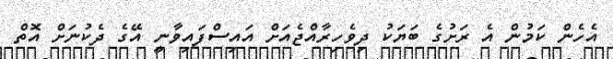
އެހެން ކަމުން އެ ރަށުގެ ބަޔަކު ދިވެހިރާއްޖެއަށް އައިސްފައިވާނީ އޭގެ ދެކުނަށް އޮތް